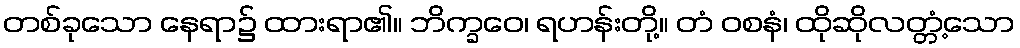
တစ်ခုသော နေရာ၌ ထားရာ၏။ ဘိက္ခဝေ၊ ရဟန်းတို့။ တံ ဝစနံ၊ ထိုဆိုလတ္တံ့သော